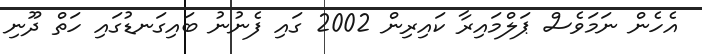
އެހެން ނަމަވެސް ޕަލްމައިރާ ކައިރިން 2002 ގައި ފެނުނު ބައިގަނޑުގައި ހަތް ދޫނި